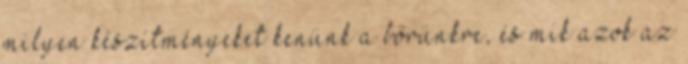
milyen készítményeket kenünk a bőrünkre, és mik azok az